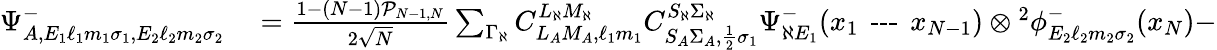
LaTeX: \begin{array}{rl}{\Psi_{A,E_{1}\ell_{1}m_{1}\sigma_{1},E_{2}\ell_{2}m_{2}\sigma_{2}}^{-}}&{{}=\frac{1-(N-1)\mathcal{P}_{N-1,N}}{2\sqrt{N}}\sum_{\Gamma_{\aleph}}C_{L_{A}M_{A},\ell_{1}m_{1}}^{L_{\aleph}M_{\aleph}}C_{S_{A}\Sigma_{A},\frac{1}{2}\sigma_{1}}^{S_{\aleph}\Sigma_{\aleph}}\Psi_{\aleph E_{1}}^{-}(x_{1}\textrm{\, ---\, }x_{N-1})\otimes{^{2}\phi_{E_{2}\ell_{2}m_{2}\sigma_{2}}^{-}}(x_{N})-}\end{array}